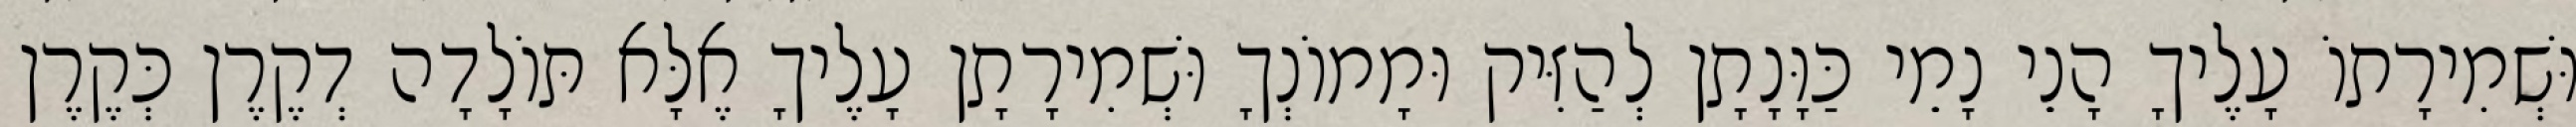
וּשְׁמִירָתוֹ עָלֶיךָ הָנֵי נָמֵי כַּוָּנָתָן לְהַזִּיק וּמָמוֹנְךָ וּשְׁמִירָתָן עָלֶיךָ אֶלָּא תּוֹלָדָה דְקֶרֶן כְּקֶרֶן